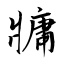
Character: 牅